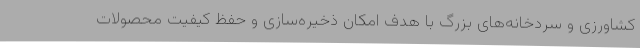
کشاورزی و سردخانه‌های بزرگ با هدف امکان ذخیره‌سازی و حفظ کیفیت محصولات